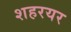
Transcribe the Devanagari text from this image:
शहरयर